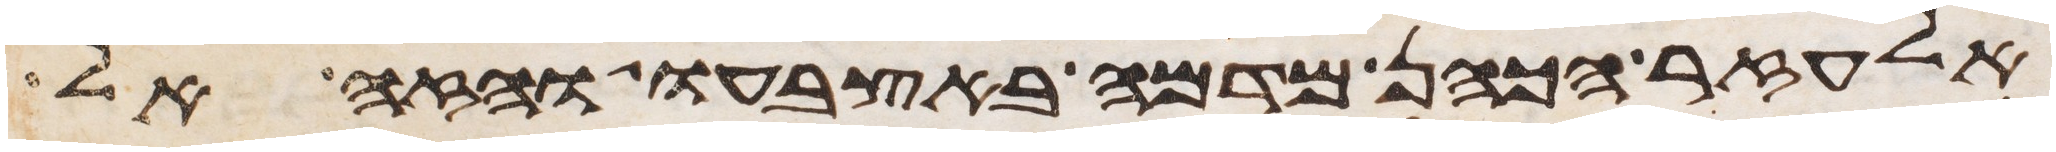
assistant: אלעזר הכהן מדמה באצבעו והזה אל